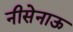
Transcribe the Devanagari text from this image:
नीसेनाऊ